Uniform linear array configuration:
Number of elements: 8
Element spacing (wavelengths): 0.5
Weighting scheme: binomial
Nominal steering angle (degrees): -15
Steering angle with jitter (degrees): -13.773
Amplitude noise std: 0.05
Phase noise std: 0.05

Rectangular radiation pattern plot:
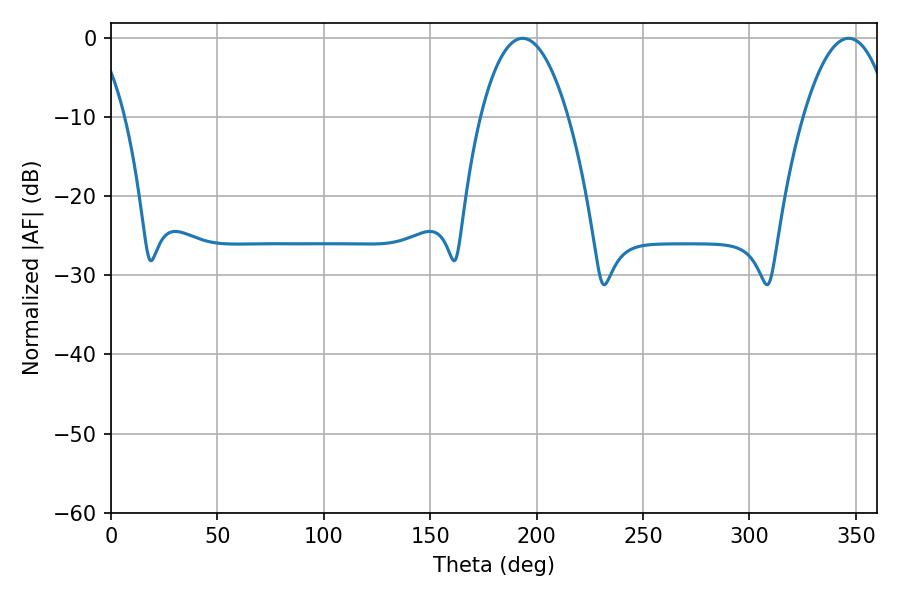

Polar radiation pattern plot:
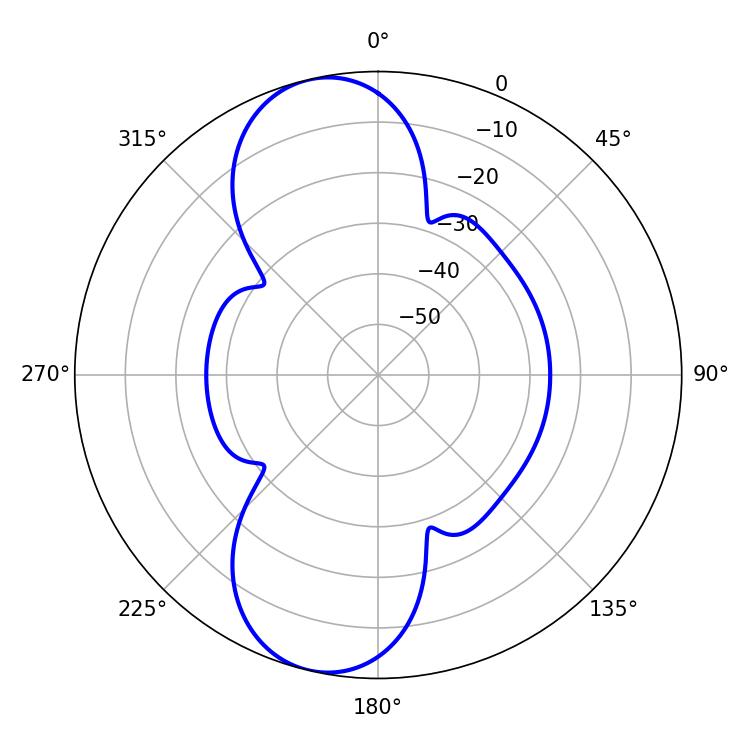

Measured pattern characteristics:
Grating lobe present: FALSE
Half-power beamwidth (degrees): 22.86
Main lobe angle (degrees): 193.32